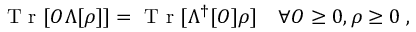
\begin{array} { r } { \mathrm { ~ T ~ r ~ } [ O \Lambda [ \rho ] ] = \mathrm { ~ T ~ r ~ } [ \Lambda ^ { \dagger } [ O ] \rho ] \quad \forall O \geq 0 , \rho \geq 0 \; , } \end{array}